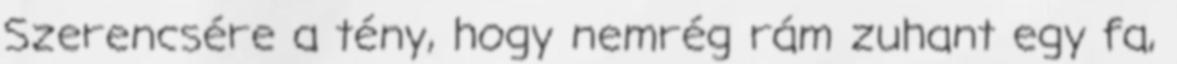
Szerencsére a tény, hogy nemrég rám zuhant egy fa,